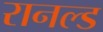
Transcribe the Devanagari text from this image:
रानल्ड